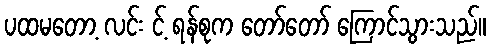
ပထမတော့ လင်း င့် ရန်စုက တော်တော် ကြောင်သွားသည်။